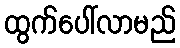
ထွက်ပေါ်လာမည်